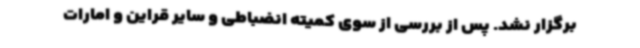
برگزار نشد. پس از بررسی از سوی کمیته انضباطی و سایر قراین و امارات